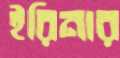
ইরিনার